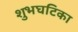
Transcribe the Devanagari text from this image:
शुभघटिका